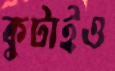
কুটাইও